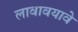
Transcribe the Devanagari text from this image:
लावावयावे